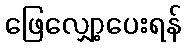
ဖြေလျှော့ပေးရန်